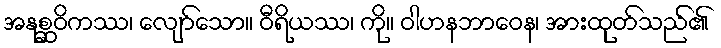
အနုစ္ဆဝိကဿ၊ လျော်သော။ ဝီရိယဿ၊ ကို။ ဝါဟနဘာဝေန၊ အားထုတ်သည်၏